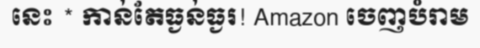
នេះ * កាន់តែធ្ងន់ធ្ងរ! Amazon ចេញបំរាម